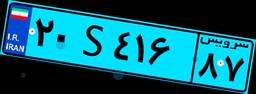
۲۰S۴۱۶۸۷